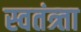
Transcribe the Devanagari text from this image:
स्वतंत्र्ता